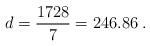
LaTeX: \begin{align*}d = \frac{1728}{7}=246.86\; . \end{align*}